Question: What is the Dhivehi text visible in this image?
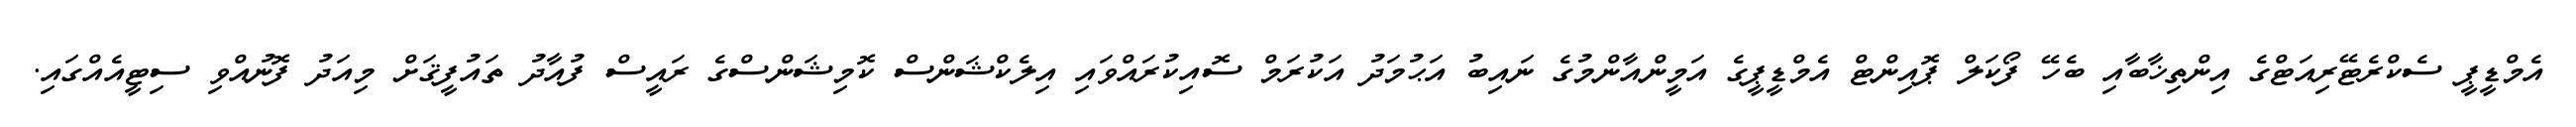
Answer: އެމްޑީޕީ ސެކްރެޓޭރިއަޓްގެ އިންތިޚާބާއި ބެހޭ ފޯކަލް ޕޮއިންޓް އެމްޑީޕީގެ އަމީންއާންމުގެ ނައިބު އަޙުމަދު އަކުރަމް ސޮއިކުރައްވައި އިލެކްޝަންސް ކޮމިޝަންސްގެ ރައީސް ފުއާދު ތައުފީޤަށް މިއަދު ފޮނުއްވި ސިޓީއެއްގައި.